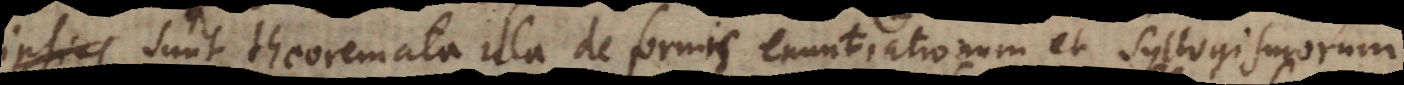
inventa sunt theoremata illa de formis enuntiationum et syllogismorum,